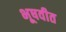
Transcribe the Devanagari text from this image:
भूषवीत